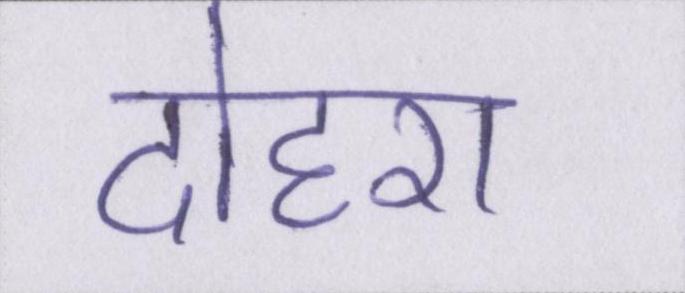
दोहरा